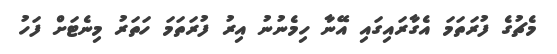
މެޗުގެ ފުރަތަމަ އެގާރައިގައި އޭނާ ހިމެނުނު އިރު ފުރަތަމަ ހަތަރު މިނެޓަށް ފަހު